Annual administration report of the Bombay Presidency - 1887-1892
Year: 1887
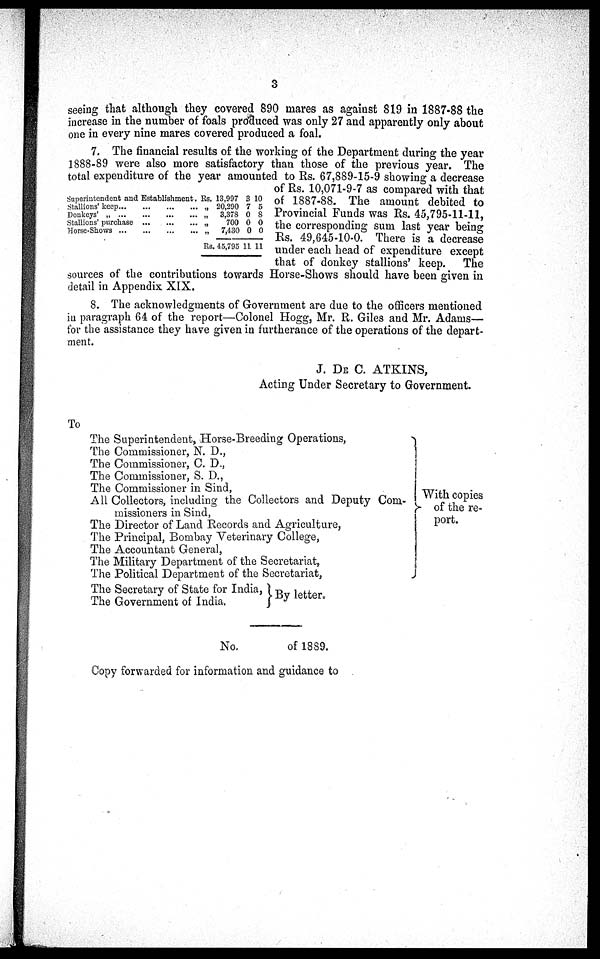
3
seeing that although they covered 890 mares as against 819 in 1887-88 the
increase in the number of foals produced was only 27 and apparently only about
one in every nine mares covered produced a foal.
Superintendent and Establishment.
Stallions'
keep...
...
...
...
Donkeys' „
...
...
...
...
Stallions' purchase
...
...
...
Horse-Shows
...
...
...
...
Rs. 13,997
„ 20,290
„
3,378
„
700
„
7,430
Rs. 45,795
3
7
0
0
0
11
10
5
8
0
0
11
7. The financial results of the working of the Department during the year
1888-89 were also more satisfactory than those of the previous year. The
total expenditure of the year amounted to Rs. 67,889-15-9 showing a decrease
of Rs. 10,071-9-7 as compared with that
of 1887-88. The amount debited to
Provincial Funds was Rs. 45,795-11-11,
the corresponding sum last year being
Rs. 49,645-10-0. There is a decrease
under each head of expenditure except
that of donkey stallions' keep. The
sources of the contributions towards Horse-Shows should have been given in
detail in Appendix XIX.
8. The acknowledgments of Government are due to the officers mentioned
in paragraph 64 of the report—Colonel Hogg, Mr. R. Giles and Mr. Adams—
for the assistance they have given in furtherance of the operations of the depart-
ment.
J. DE C. ATKINS,
Acting Under Secretary to Government.
To
The Superintendent, Horse-Breeding Operations,
The Commissioner, N. D.,
The Commissioner, C. D.,
The Commissioner, S. D.,
The Commissioner in Sind,
All Collectors, including the Collectors and Deputy Com-
missioners in Sind,
The Director of Land Records and Agriculture,
The Principal, Bombay Veterinary College,
The Accountant General,
The Military Department of the Secretariat,
The Political Department of the Secretariat,
The Secretary of State for India,
The Government of India.
With copies
of the re-
port.
By letter.
No.
of 1889.
Copy forwarded for information and guidance to